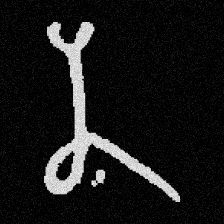
Pyu character \u2014 Myanmar letter: န (romanized: na)